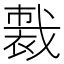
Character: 𧛦